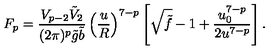
F _ { p } = \frac { V _ { p - 2 } \tilde { V } _ { 2 } } { ( 2 \pi ) ^ { p } \tilde { g } \tilde { b } } \left( \frac { u } { R } \right) ^ { 7 - p } \left[ \sqrt { \tilde { f } } - 1 + \frac { u _ { 0 } ^ { 7 - p } } { 2 u ^ { 7 - p } } \right] .